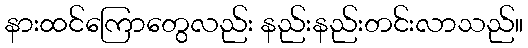
နားထင်ကြောတွေလည်း နည်းနည်းတင်းလာသည်။